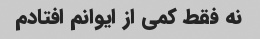
نه فقط کمی از ایوانم افتادم